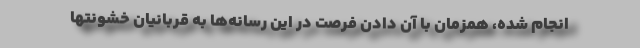
انجام شده، همزمان با آن دادن فرصت در این رسانه‌ها به قربانیان خشونتها